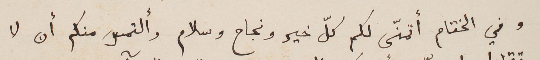
وفي الختام أتمنّى لكم كلّ خير ونجاح وسلام وألتمس منكم أن لا